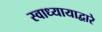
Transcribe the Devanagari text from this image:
स्वाध्यायाद्वारे